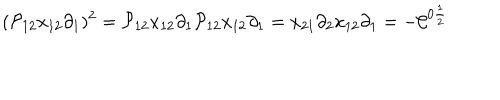
( { \cal P } _ { 1 2 } x _ { 1 2 } \partial _ { 1 } ) ^ { 2 } = { \cal P } _ { 1 2 } x _ { 1 2 } \partial _ { 1 } { \cal P } _ { 1 2 } x _ { 1 2 } \partial _ { 1 } = x _ { 2 1 } \partial _ { 2 } x _ { 1 2 } \partial _ { 1 } = - { \cal C } ^ { 0 \frac { 1 } { 2 } }